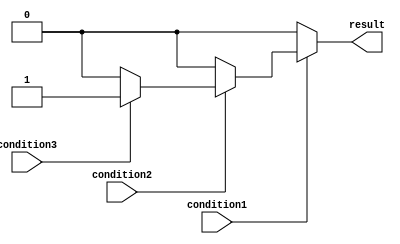
module nested_if_else (
    input wire condition1,
    input wire condition2,
    input wire condition3,
    output wire result
);

    reg temp_result;

    always @ (*) begin
        if (condition1) begin
            if (condition2) begin
                if (condition3) begin
                    temp_result = 1;
                end else begin
                    temp_result = 0;
                end
            end else begin
                temp_result = 0;
            end
        end else begin
            temp_result = 0;
        end
    end

    assign result = temp_result;

endmodule